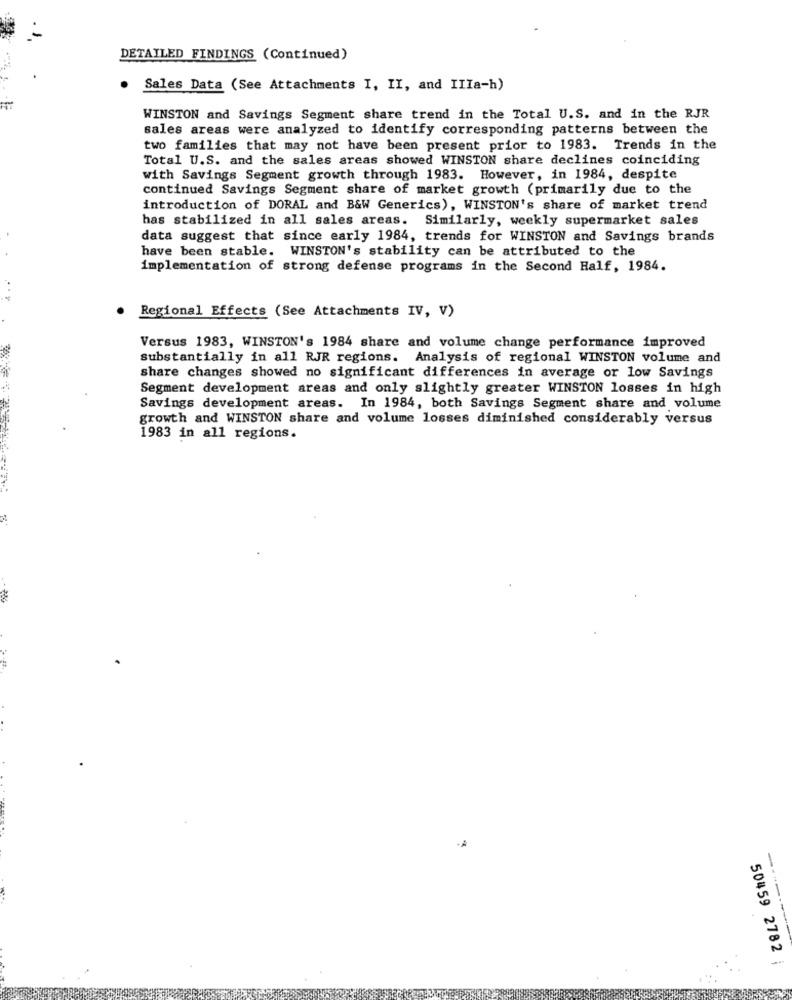
DETAILED FINDINGS (Continued)
Sales Data (See Attachments I, II, and IIIa-h)
WINSTON and Savings Segment share trend in the Total U.S. and in the RJR
sales areas were analyzed to identify corresponding patterns between the
two families that may not have been present prior to 1983. Trends in the
Total U.S. and the sales areas showed WINSTON share declines coinciding
with Savings Segment growth through 1983. However, in 1984, despite
continued Savings Segment share of market growth (primarily due to the
introduction of DORAL and B&W Generics), WINSTON's share of market trend
has stabilized in all sales areas. Similarly, weekly supermarket sales
-
data suggest that since early 1984, trends for WINSTON and Savings brands
have been stable. WINSTON's stability can be attributed to the
implementation of strong defense programs in the Second Half, 1984.
Regional Effects (See Attachments IV, V)
Versus 1983, WINSTON's 1984 share and volume change performance improved
substantially in all RJR regions. Analysis of regional WINSTON volume and
share changes showed no significant differences in average or low Savings
Segment development areas and only slightly greater WINSTON losses in high
Savings development areas. In 1984, both Savings Segment share and volume
growth and WINSTON share and volume losses diminished considerably versus
1983 in all regions.
-------
50459 2782 |